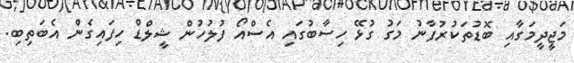
މަޖީދީމަގާއި ބޮޑުތަކުރުފާނު މަގު ގުޅޭ ހިސާބުގައި އެސްއޯ ފުލުހުން ޝީލްޑް ހިފައިގެން އެބަތިބި.